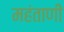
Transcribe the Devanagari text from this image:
महंताणी